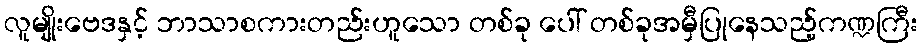
လူမျိုးဗေဒနှင့် ဘာသာစကားတည်းဟူသော တစ်ခု ပေါ် တစ်ခုအမှီပြုနေသည့်ကဏ္ဍကြီး